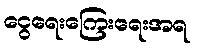
ငွေရေးကြေးရေးအရ